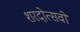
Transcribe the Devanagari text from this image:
शरदोत्सवों